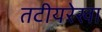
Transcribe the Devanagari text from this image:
तटीयरेखा